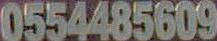
0554485609